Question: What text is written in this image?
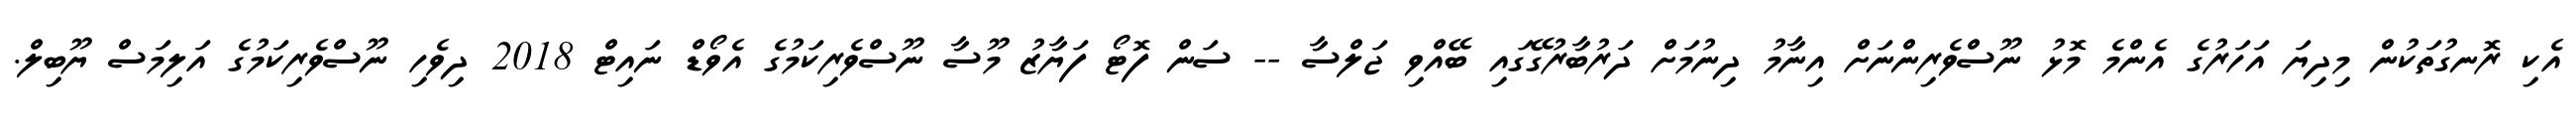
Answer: އެކި ރޮނގުތަކުން މިދިޔަ އަހަރުގެ އެންމެ މޮޅު ނޫސްވެރިންނަށް އިނާމު ދިނުމަށް ދަރުބާރުގޭގައި ބޭއްވި ޖަލްސާ -- ސަން ފޮޓޯ ފަޔާޒު މޫސާ ނޫސްވެރިކަމުގެ އެވޯޑް ނައިޓް 2018 ދިވެހި ނޫސްވެރިކަމުގެ އަލިމަސް ޔޫބިލް.